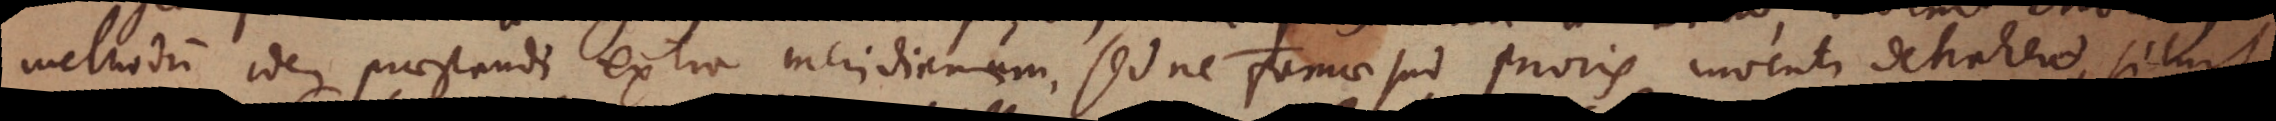
methodum idem praestandi extra meridianum, sed ne famae sui prioris inventi detraheret, siluit,